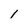
Character: l